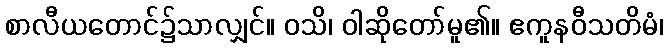
စာလီယတောင်၌သာလျှင်။ ဝသိ၊ ဝါဆိုတော်မူ၏။ ဧကူနဝီသတိမံ၊